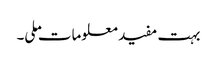
بہت مفید معلومات ملی۔